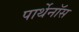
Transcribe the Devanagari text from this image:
पार्थेनॉस